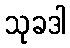
သုခဒါ